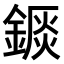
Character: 𨪘